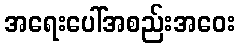
အရေးပေါ်အစည်းအဝေး